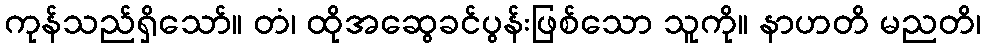
ကုန်သည်ရှိသော်။ တံ၊ ထိုအဆွေခင်ပွန်းဖြစ်သော သူကို။ နာဟတိ မညတိ၊